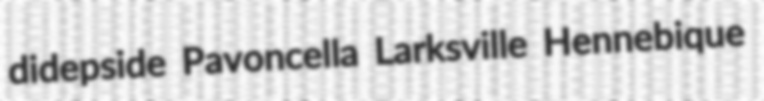
didepside Pavoncella Larksville Hennebique